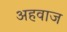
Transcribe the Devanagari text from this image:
अहवाज